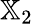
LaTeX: {\mathbb X}_{2}